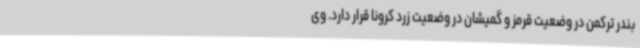
بندر ترکمن در وضعیت قرمز و گمیشان در وضعیت زرد کرونا قرار دارد. وی